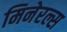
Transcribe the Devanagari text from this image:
मिनेरल्स